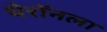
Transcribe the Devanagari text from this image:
थेरॉनला